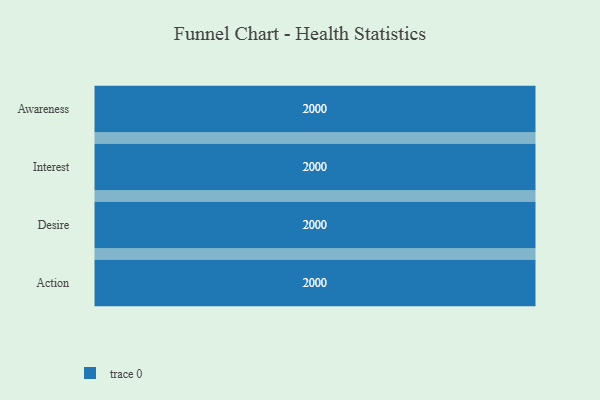
{"axis": {"x": "Stage", "y": "Value"}, "legend": [""], "data": [{"x": "Awareness", "y": 2000, "type": ""}, {"x": "Interest", "y": 2000, "type": ""}, {"x": "Desire", "y": 2000, "type": ""}, {"x": "Action", "y": 2000, "type": ""}]}